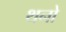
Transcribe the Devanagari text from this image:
थनो